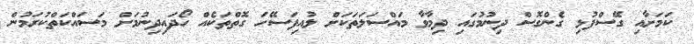
ކަމަށާއި ގޭސްފުޅި ގެންގޮސް ދިނުމުގައި ދިމާވާ މައްސަލަތަކަށް ލުއިފަސޭހަ ގޮތްތަކެއް ހޯދައިދިނުމަށް މަސައްކަތްކުރަމުން